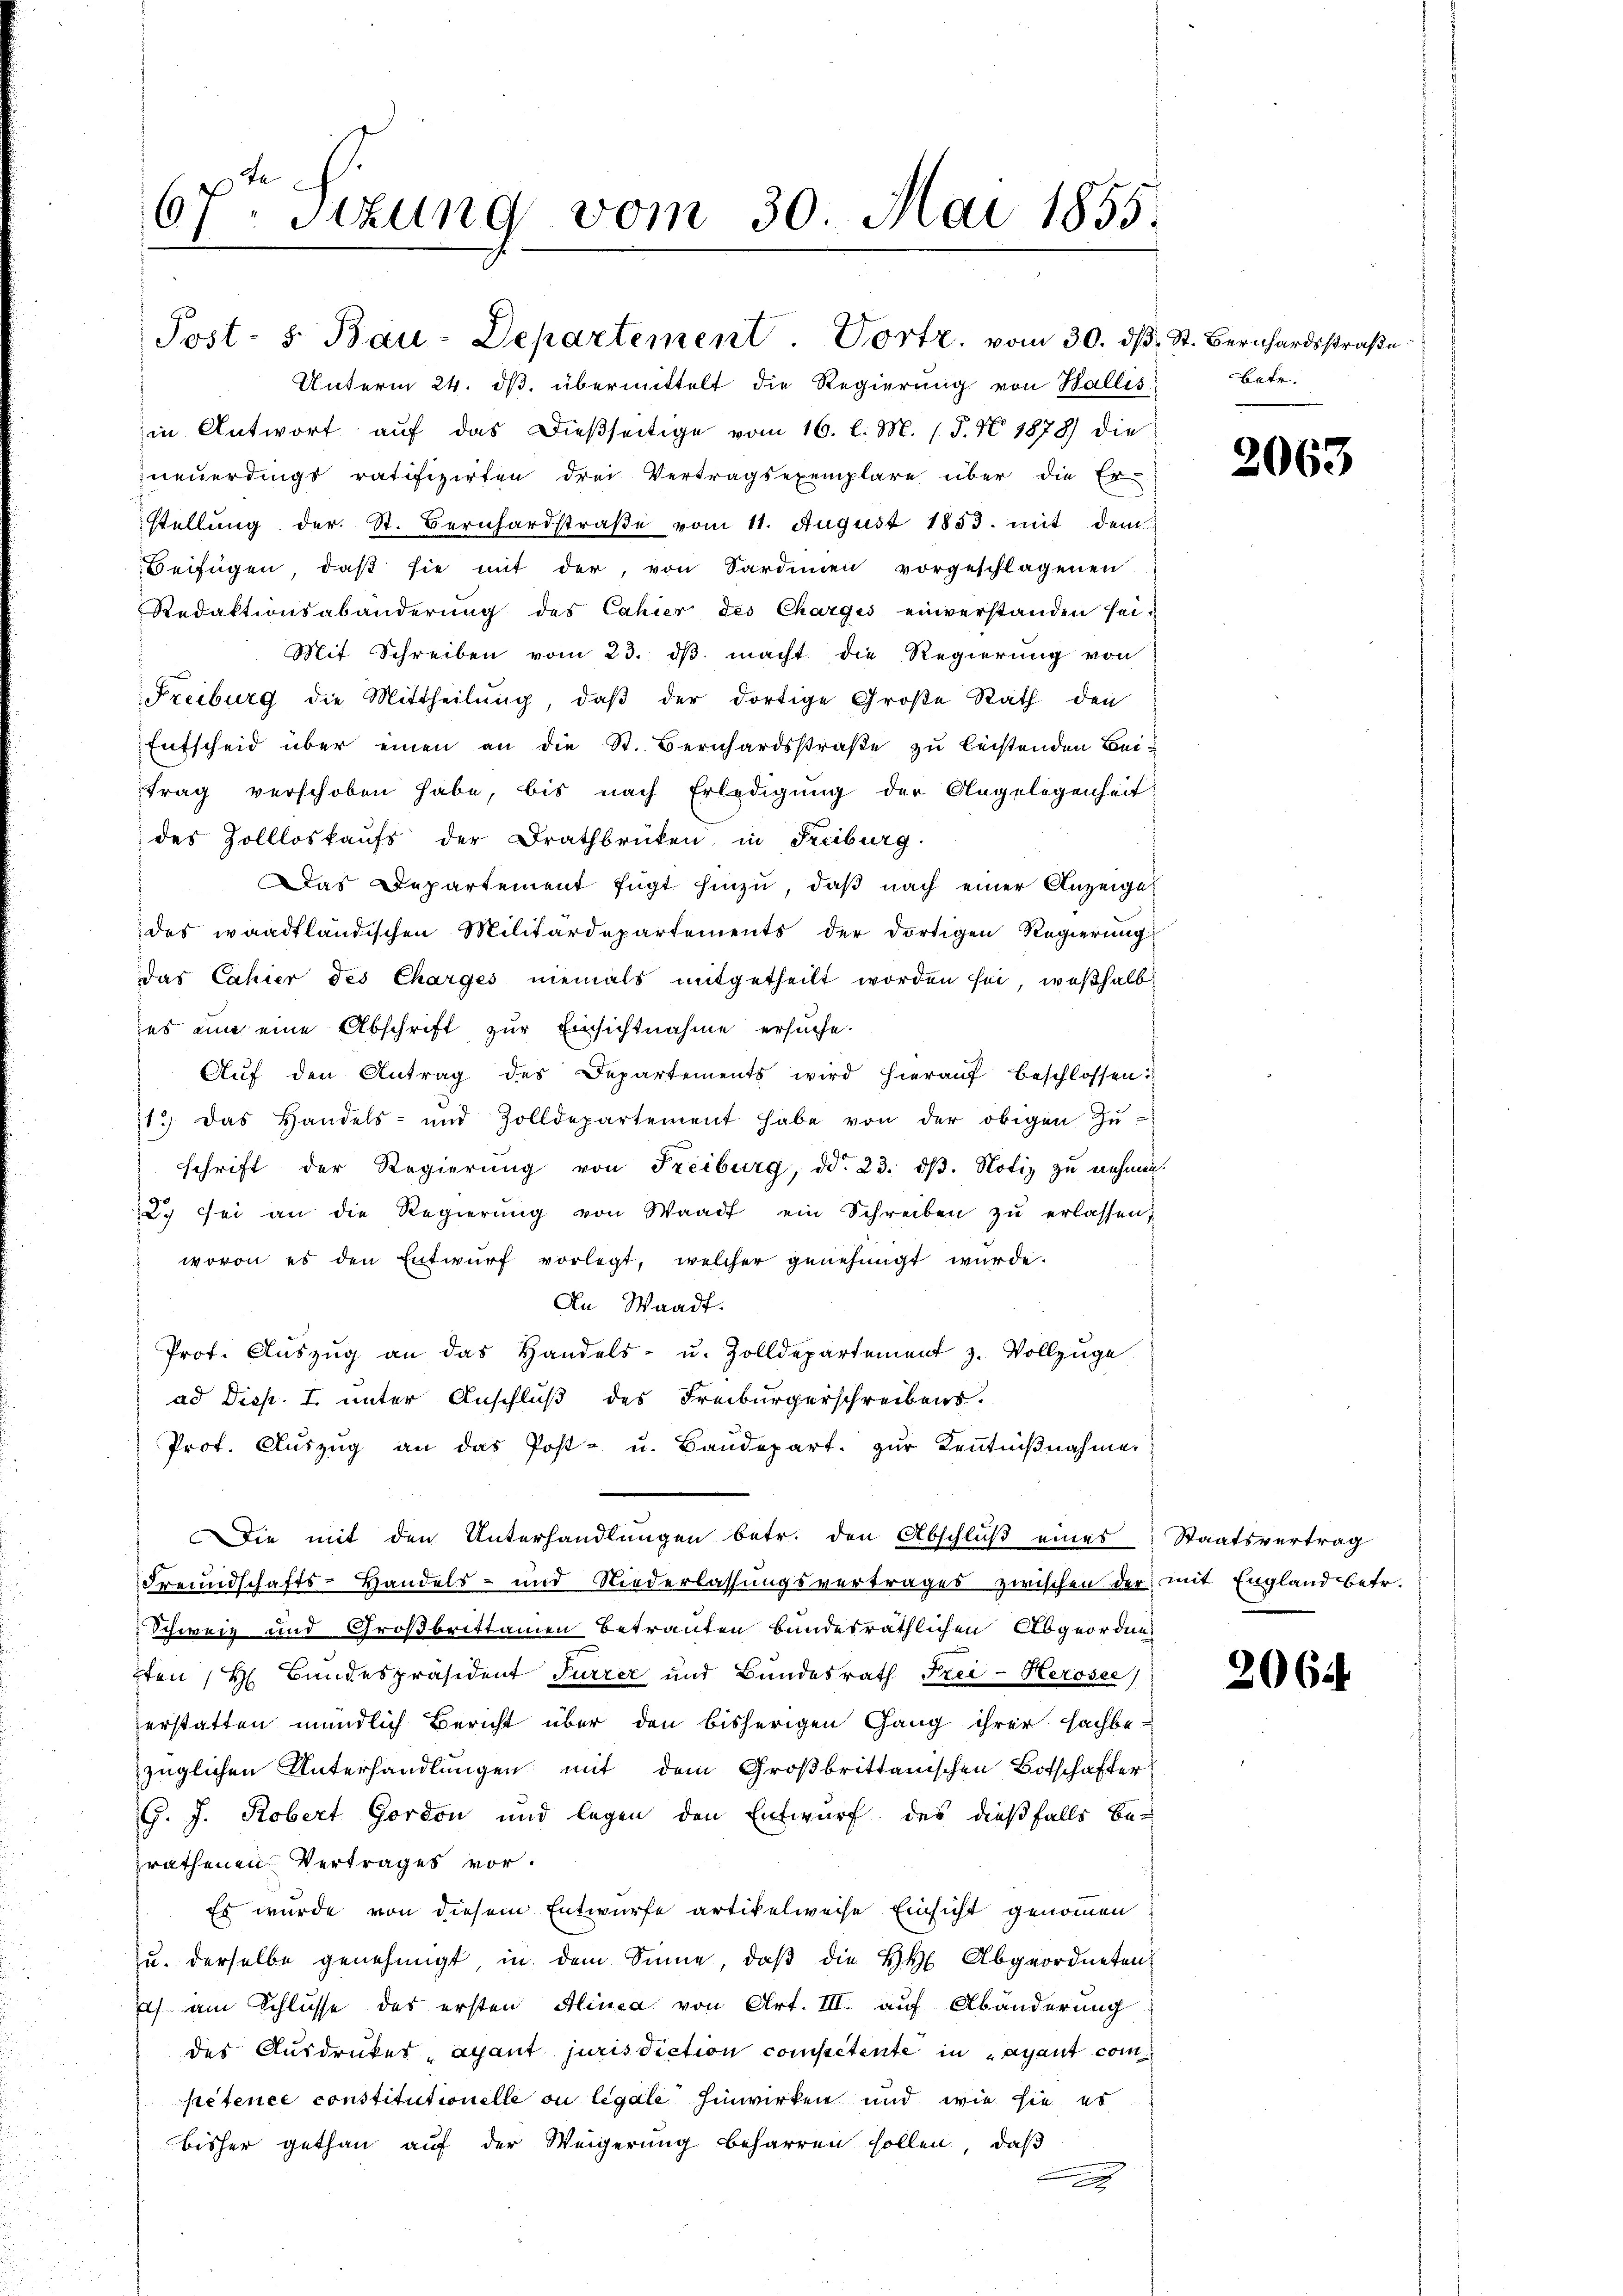
Unterm 24. ds. übermittelt die Regierung von Wallis
in Antwort aŭf das dießseitige vom 16. l. M. (T. No. 1878) die
neuerdings ratifizirten drei Vertragsexemplare über die Erstellung der St. Bernhardstraβe vom 11. August 1853. mit dem
Beifügen, daβ sie mit der, von Sardinen vorgeschlagenen
Redaktionsabänderŭng des Cahier des Charges einverstanden sei.
Mit Schreiben vom 23. dβ macht die Regierung von
Freiburg die Mittheilŭng, daβ der dortige Große Rath den
Entscheid über einen an die St. Bernhardsstraße zu leistenden Beitrag verschoben habe, bis nach Erledigung der Angelegenheit
des Zollloskaufs der Drathbrücken in Freiburg
Das Departement fügt hinzu, daß nach einer Anzeige
des waadtländischen Militärdepartements der dortigen Regierung
das Cahier des Charges niemals mitgetheilt worden sei, weßhalb
es ein eine Abschrift zur Einsichtnahme ersuche.
Aŭf den Antrag des Departements wird hieraŭf beschlossen:
1.) Das Handels- und Zolldepartement habe von der obigen Zŭ-
schrift der Regierŭng von Freiburg, dd. 23. dβ. Notiz zu nehmen.
2. sei an die Regierŭng von Waadt ein Schreiben zŭ erlassen,
wovon es den Entwŭrf vorlegt, welcher genehmigt wurde.
An Waadt.
Prot. Aŭszŭg an das Handels- u. Zolldepartement z. Vollzŭge
ad Disp. I. unter Anschluß des Freiburgerschreibens-
Prof. Aŭszŭg an das Post- u. Baŭdepart. zŭr Keṅtniβnahmen:
Die mit den Unterhandlungen betr. den Abschlŭβ eines
Freundschafts-Handels- und Niederlassŭngsvertrages zwischen der mit England betr.
Schweiz und Großbrittanen Betrauten bundesräthlichen Abgeordne¬
2ten (H. Bandespräsident Furrer und Bundesrath Frei-Kerosee)
erstatten mündlich Bericht über den bisherigen Gang ihrer sachbe-
züglichen Unterhandlungen mit dem Großbrittanischen Botschafter
G. J. Robert Gordon und legen den Entwurf des dießfalls be-
prathenen Vertrages vor.
Es wurde von diesem Entwurfe artikelweise Einsicht genommen
u. derselbe genehmigt in dem Sinne, daβ die HH Abgeordneten
Ich am Schlusse des ersten Alinea von Art. III. auf Abänderung
des Ausdruckes, ayant jurisdiction competente in Lagant competence constitutionelle ou legale hinwirken und wie sie es
bisher gethan auf der Weigerung beharren sollen, daß

67. Sizung vom 30. Mai 1855.

Post- 5. Bau-Departement. Vortr. vom 30. dβ. St. Bernhardsstraβe

betr.

2063

Staatsvertrag

2064